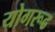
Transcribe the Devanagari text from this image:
योगरूढ